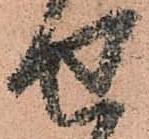
せ